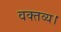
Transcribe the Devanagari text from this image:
वक्तव्य।